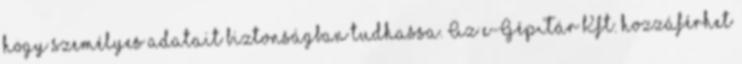
hogy személyes adatait biztonságban tudhassa. Az e-GépTár Kft. hozzáférhet